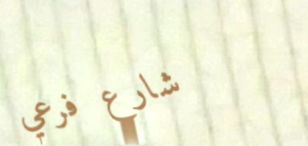
شارع فرعي